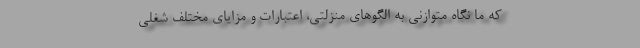
که ما نگاه متوازنی به الگوهای منزلتی، اعتبارات و مزایای مختلف شغلی